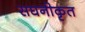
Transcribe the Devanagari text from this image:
सघनीकृत